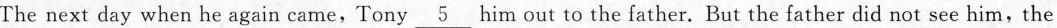
The next day when he again came,Tony \underline{5} him out to the father. But the father did not see him, the